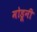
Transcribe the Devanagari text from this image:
मोडूनी